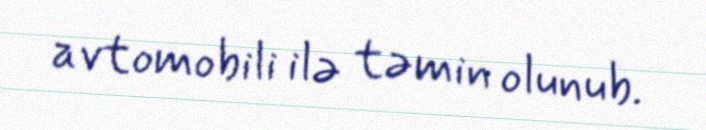
avtomobili ilə təmin olunub.